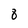
Character: 8